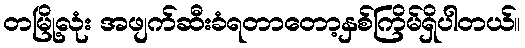
တမြို့လုံး အဖျက်ဆီးခံရတာတော့နှစ်ကြိမ်ရှိပါတယ်။